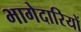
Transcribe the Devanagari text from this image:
भागेदारियों